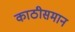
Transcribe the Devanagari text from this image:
काठीसमान